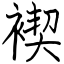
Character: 褉